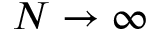
N \to \infty